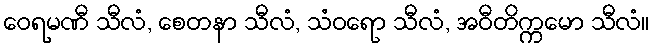
ဝေရမဏီ သီလံ, စေတနာ သီလံ, သံဝရော သီလံ, အဝီတိက္ကမော သီလံ။